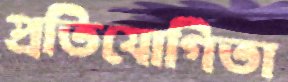
প্রতিযোগিতা